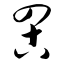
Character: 罟